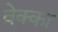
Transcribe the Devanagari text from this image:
वेक्का